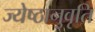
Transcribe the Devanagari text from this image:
ज्येष्ठानुवृति